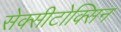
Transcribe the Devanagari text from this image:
सेक्सीटोक्सिन